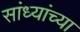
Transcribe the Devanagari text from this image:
सांध्यांच्या